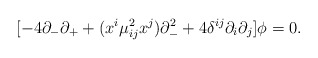
\begin{align*} [- 4 \partial_- \partial_+ + (x^i \mu^2_{ij} x^j) \partial_-^2 + 4\delta^{ij} \partial_i \partial_j ]\phi =0.\end{align*}